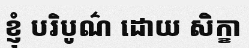
ខ្ញុំ បរិបូណ៌ ដោយ សិក្ខា